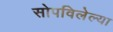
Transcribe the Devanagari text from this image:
सोपविलेल्या